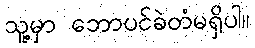
သူ့မှာ ဘောပင်ခဲတံမရှိပါ။